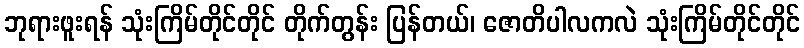
ဘုရားဖူးရန် သုံးကြိမ်တိုင်တိုင် တိုက်တွန်း ပြန်တယ်၊ ဇောတိပါလကလဲ သုံးကြိမ်တိုင်တိုင်